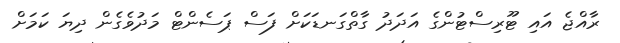
ރާއްޖެ އައި ޓޫރިސްޓުންގެ އަދަދު ގާތްގަނޑަކަށް ފަސް ޕަސެންޓް މަދުވެގެން ދިޔަ ކަމަށް